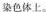
染色体上。